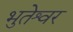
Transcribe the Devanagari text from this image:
भुतेश्वर